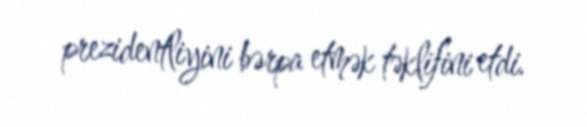
prezidentliyini bərpa etmək təklifini etdi.